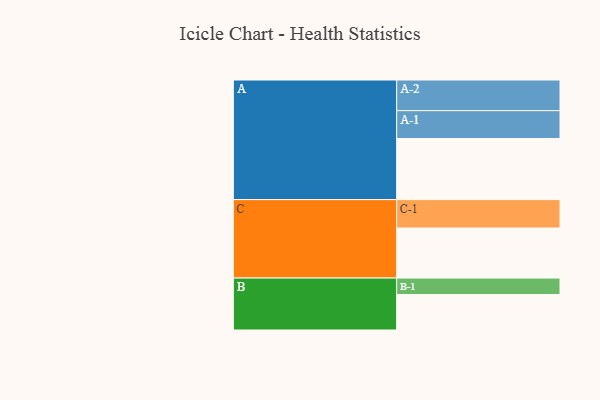
{"axis": {"x": "Segment", "y": "Value"}, "legend": ["", "A", "B", "C"], "data": [{"x": "A", "y": 548, "type": ""}, {"x": "B", "y": 318, "type": ""}, {"x": "C", "y": 449, "type": ""}, {"x": "A-1", "y": 250, "type": "A"}, {"x": "A-2", "y": 275, "type": "A"}, {"x": "B-1", "y": 148, "type": "B"}, {"x": "C-1", "y": 255, "type": "C"}]}